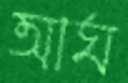
আঘ